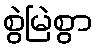
စွဲမြဲစွာ